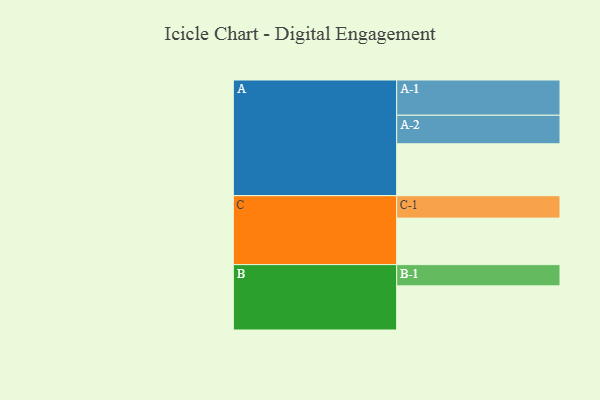
{"axis": {"x": "Segment", "y": "Value"}, "legend": ["", "A", "B", "C"], "data": [{"x": "A", "y": 396, "type": ""}, {"x": "B", "y": 337, "type": ""}, {"x": "C", "y": 355, "type": ""}, {"x": "A-1", "y": 269, "type": "A"}, {"x": "A-2", "y": 218, "type": "A"}, {"x": "B-1", "y": 162, "type": "B"}, {"x": "C-1", "y": 171, "type": "C"}]}